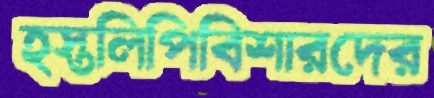
হস্তলিপিবিশারদের